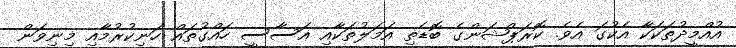
އުއްމީދުތަކަކާ އެކުގަ އެވެ. ކޮރަޕްޝަންގެ ބޮޑެތި އަމަލުތަކާއި އަސާސީ ހައްގުތައް ހަނިކުރުމާއި މިނިވަން